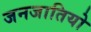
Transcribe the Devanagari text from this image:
जनजातियो